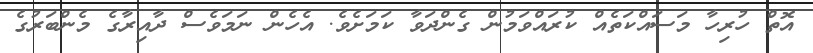
އޮތް ހުރިހާ މަސައްކަތެއް ކުރައްވަމުން ގެންދަވާ ކަމަށެވެ. އެހެން ނަމަވެސް ދާއިރާގެ މެންބަރުގެ